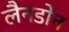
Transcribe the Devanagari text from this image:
लैनडोन